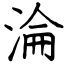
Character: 淪